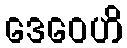
ဒေဝေဟိ